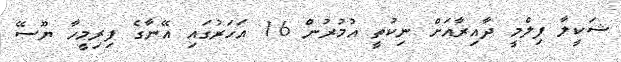
ޝަކީލާ ފިލްމީ ދާއިރާއަށް ނިކުތީ އުމުރުން 16 އަހަރުގައި އޭނާގެ ފިރިމީހާ ޔޫސޭ